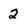
Character: 2